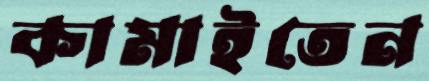
কামাইতেন